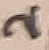
Text: 2